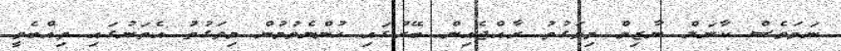
ނަމަވެސް ކާނަލް ނާޒިމް މިވަގުތު ރާއްޖެއިން ބޭރުގައި ހުންނެވުމުން މިވަގުތު އެތަނުގައި ތިއްބެވީ